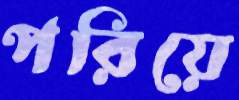
পরিয়ে